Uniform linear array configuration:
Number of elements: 32
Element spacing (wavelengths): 0.5
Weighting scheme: uniform
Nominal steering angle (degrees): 15
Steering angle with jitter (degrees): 13.608
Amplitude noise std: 0.05
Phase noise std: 0.05

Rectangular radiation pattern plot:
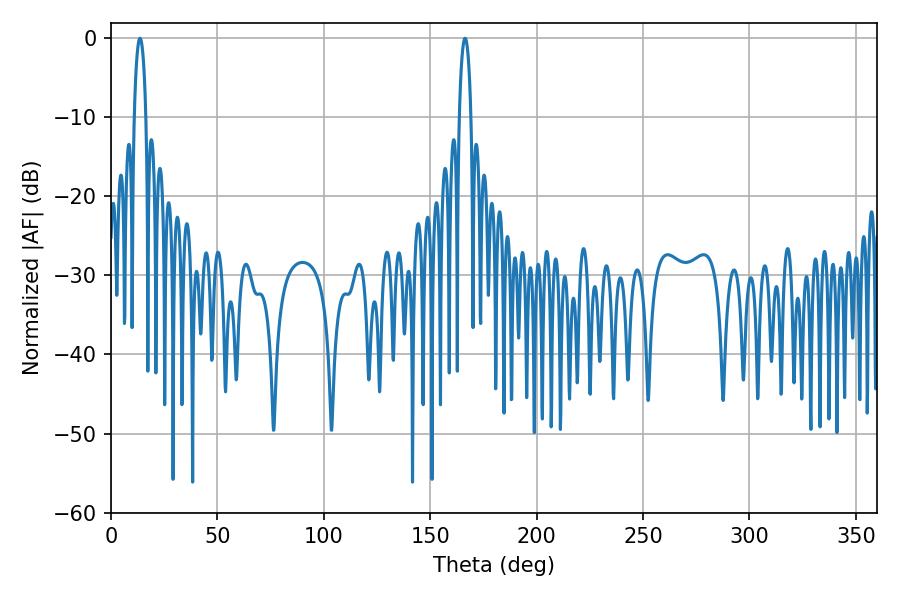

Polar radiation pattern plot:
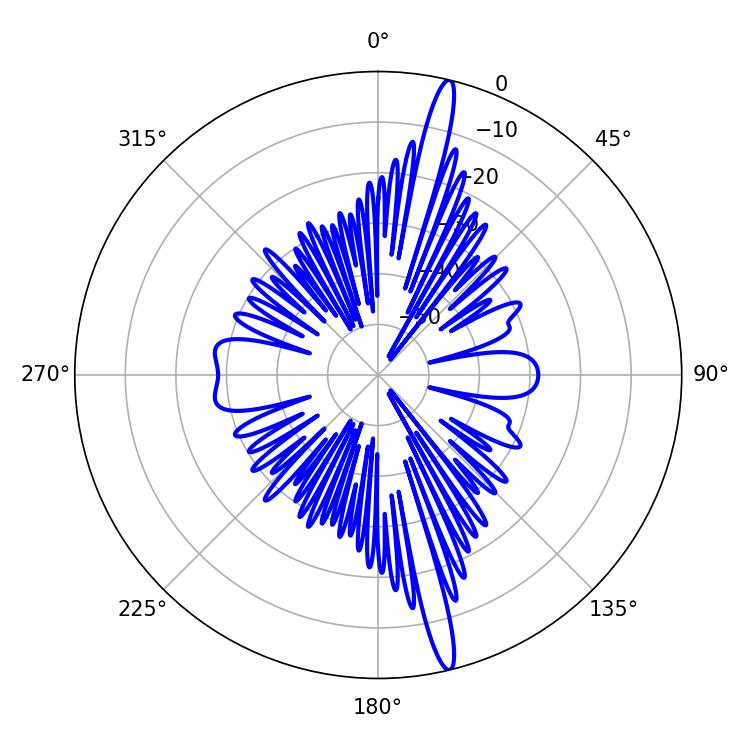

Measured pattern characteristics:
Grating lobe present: FALSE
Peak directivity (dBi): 18.278
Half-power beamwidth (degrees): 3.06
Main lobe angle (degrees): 166.32